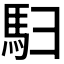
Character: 𬳨